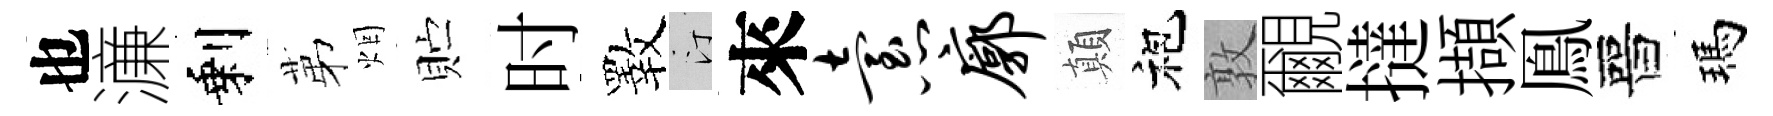
也濓剩苐烟贮时斁汀來怠廓顛袍敦覼撻擷鳯晉瑪